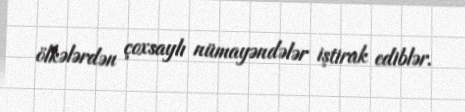
ölkələrdən çoxsaylı nümayəndələr iştirak ediblər.